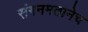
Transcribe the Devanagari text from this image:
संगनमतानेच